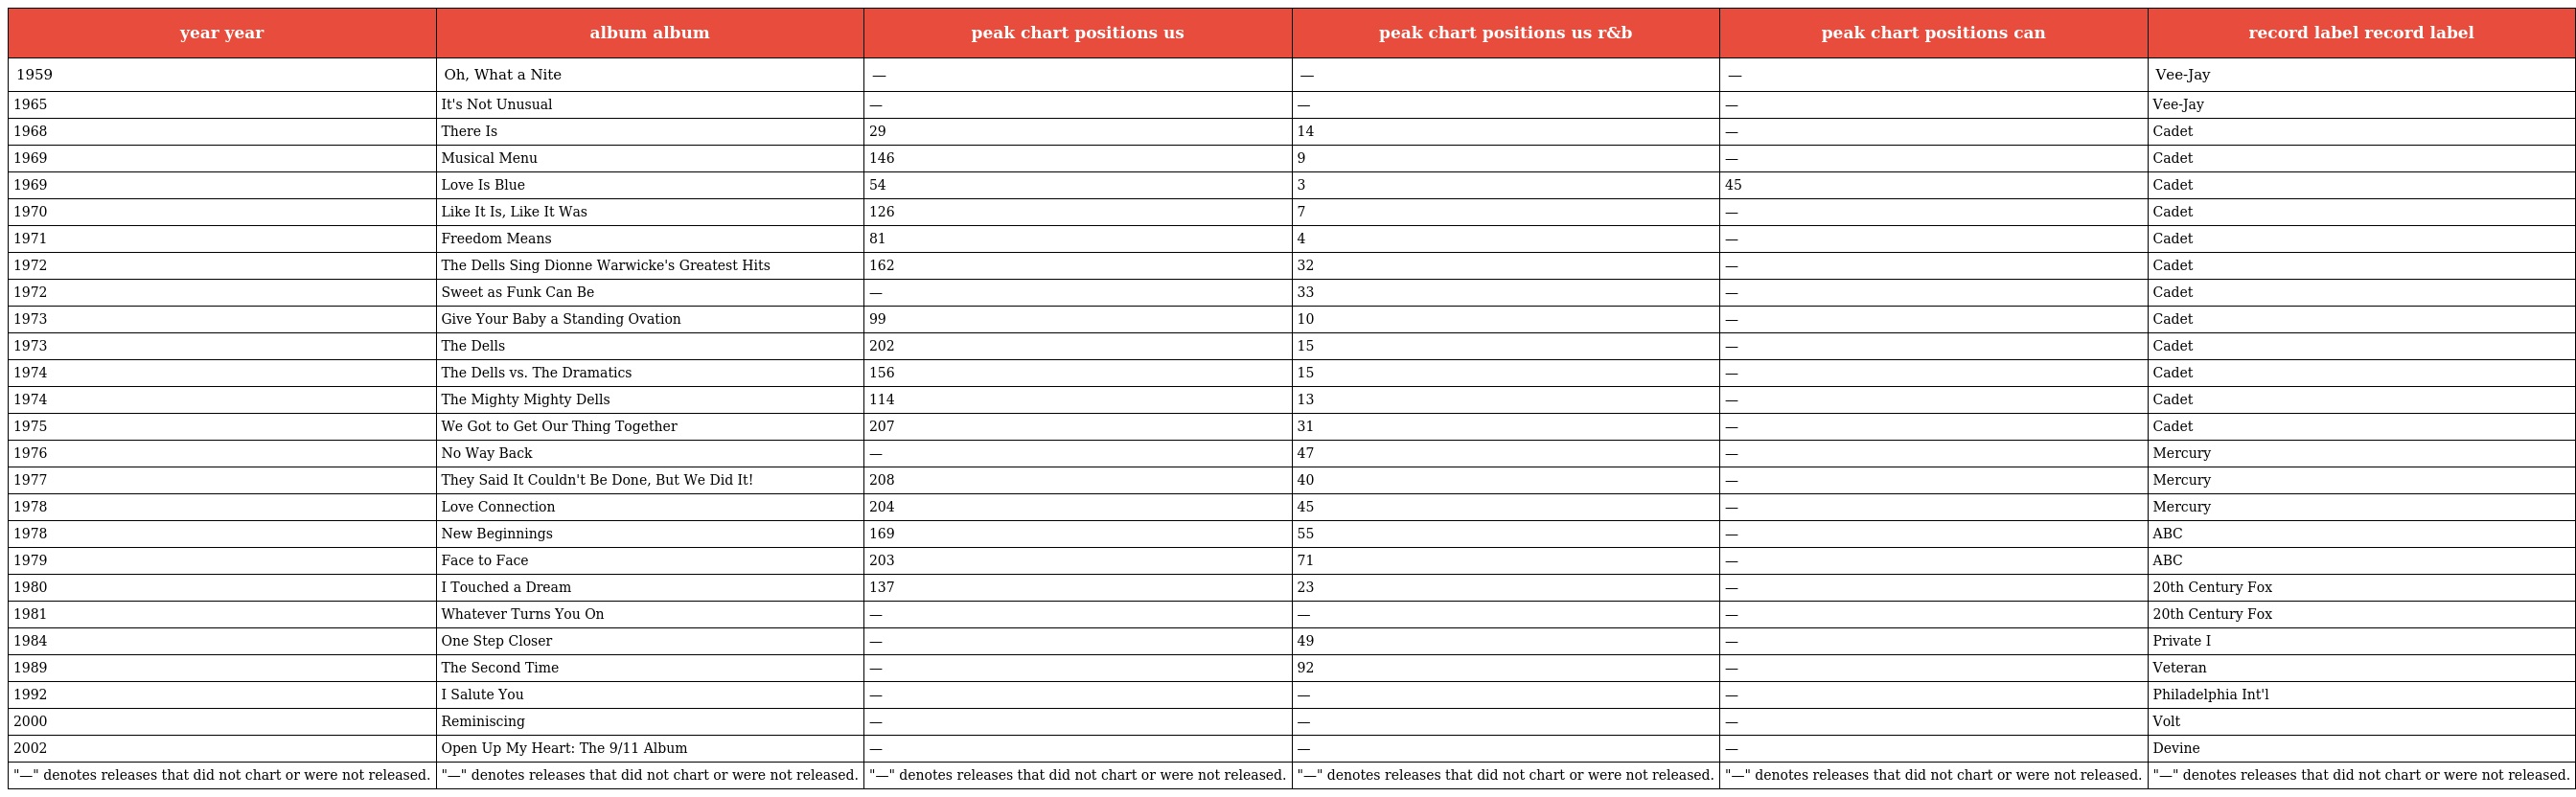
| year year | album album | peak chart positions us | peak chart positions us r&b | peak chart positions can | record label record label |
 | --- | --- | --- | --- | --- | --- |
 | 1959 | Oh, What a Nite | — | — | — | Vee-Jay |
 | 1965 | It's Not Unusual | — | — | — | Vee-Jay |
 | 1968 | There Is | 29 | 14 | — | Cadet |
 | 1969 | Musical Menu | 146 | 9 | — | Cadet |
 | 1969 | Love Is Blue | 54 | 3 | 45 | Cadet |
 | 1970 | Like It Is, Like It Was | 126 | 7 | — | Cadet |
 | 1971 | Freedom Means | 81 | 4 | — | Cadet |
 | 1972 | The Dells Sing Dionne Warwicke's Greatest Hits | 162 | 32 | — | Cadet |
 | 1972 | Sweet as Funk Can Be | — | 33 | — | Cadet |
 | 1973 | Give Your Baby a Standing Ovation | 99 | 10 | — | Cadet |
 | 1973 | The Dells | 202 | 15 | — | Cadet |
 | 1974 | The Dells vs. The Dramatics | 156 | 15 | — | Cadet |
 | 1974 | The Mighty Mighty Dells | 114 | 13 | — | Cadet |
 | 1975 | We Got to Get Our Thing Together | 207 | 31 | — | Cadet |
 | 1976 | No Way Back | — | 47 | — | Mercury |
 | 1977 | They Said It Couldn't Be Done, But We Did It! | 208 | 40 | — | Mercury |
 | 1978 | Love Connection | 204 | 45 | — | Mercury |
 | 1978 | New Beginnings | 169 | 55 | — | ABC |
 | 1979 | Face to Face | 203 | 71 | — | ABC |
 | 1980 | I Touched a Dream | 137 | 23 | — | 20th Century Fox |
 | 1981 | Whatever Turns You On | — | — | — | 20th Century Fox |
 | 1984 | One Step Closer | — | 49 | — | Private I |
 | 1989 | The Second Time | — | 92 | — | Veteran |
 | 1992 | I Salute You | — | — | — | Philadelphia Int'l |
 | 2000 | Reminiscing | — | — | — | Volt |
 | 2002 | Open Up My Heart: The 9/11 Album | — | — | — | Devine |
 | "—" denotes releases that did not chart or were not released. | "—" denotes releases that did not chart or were not released. | "—" denotes releases that did not chart or were not released. | "—" denotes releases that did not chart or were not released. | "—" denotes releases that did not chart or were not released. | "—" denotes releases that did not chart or were not released. |